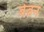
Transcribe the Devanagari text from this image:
बेब्रन